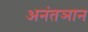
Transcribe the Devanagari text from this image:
अनंतञान